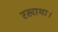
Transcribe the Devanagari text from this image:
रखाथा।